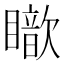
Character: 𥋵